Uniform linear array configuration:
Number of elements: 64
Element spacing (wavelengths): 0.25
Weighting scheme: hann
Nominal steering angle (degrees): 0
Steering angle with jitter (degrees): -1.215
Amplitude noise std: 0.05
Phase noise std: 0.05

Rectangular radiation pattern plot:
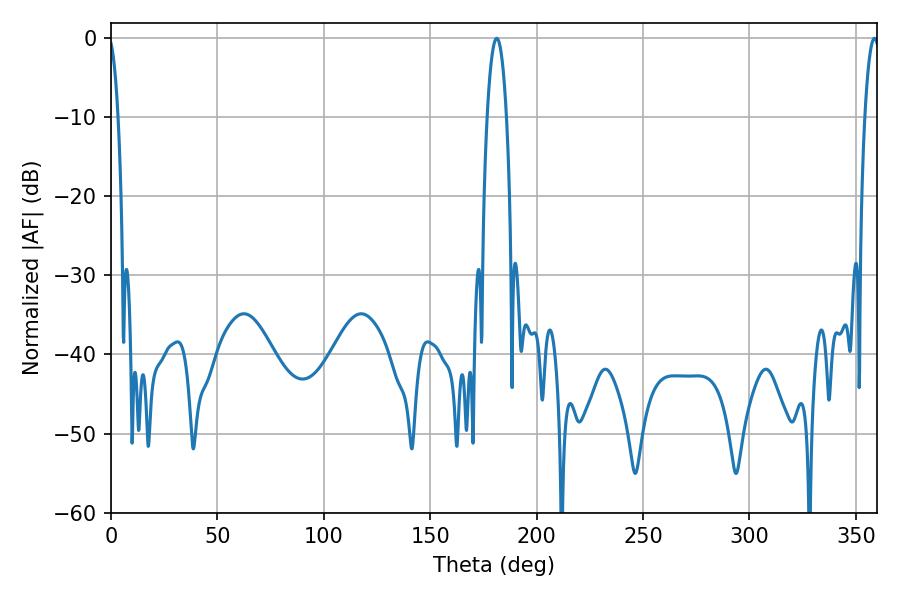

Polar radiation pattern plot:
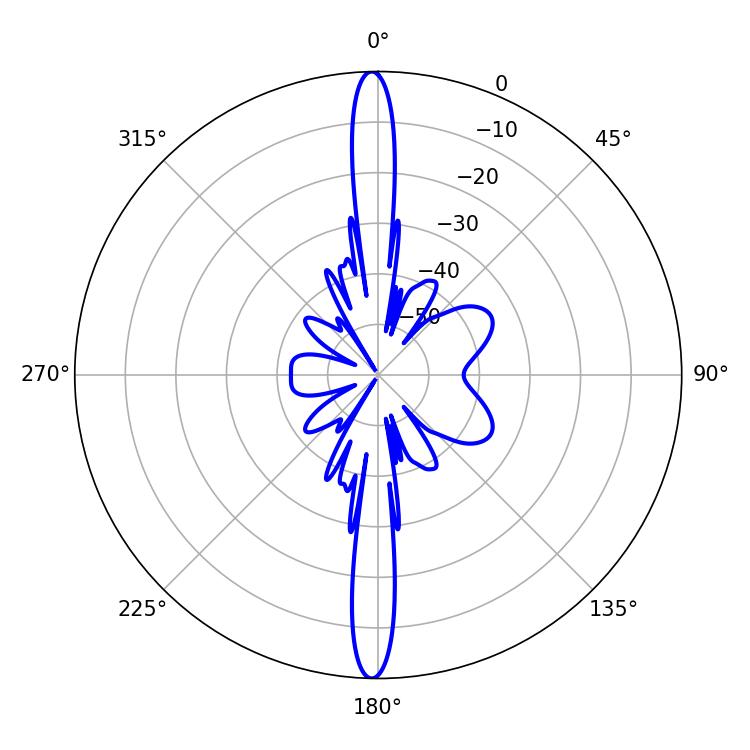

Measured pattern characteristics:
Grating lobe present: FALSE
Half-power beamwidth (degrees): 5.04
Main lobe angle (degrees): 181.26